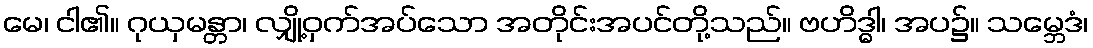
မေ၊ ငါ၏။ ဂုယှမန္တာ၊ လျှို့ဝှက်အပ်သော အတိုင်းအပင်တို့သည်။ ဗဟိဒ္ဓါ၊ အပ၌။ သမ္ဘေဒံ၊